Vital statistics of India. Vol. IV, Annual returns from 1871 to 1876. British Army of India, Native Army and jails of Bengal
Year: 1871
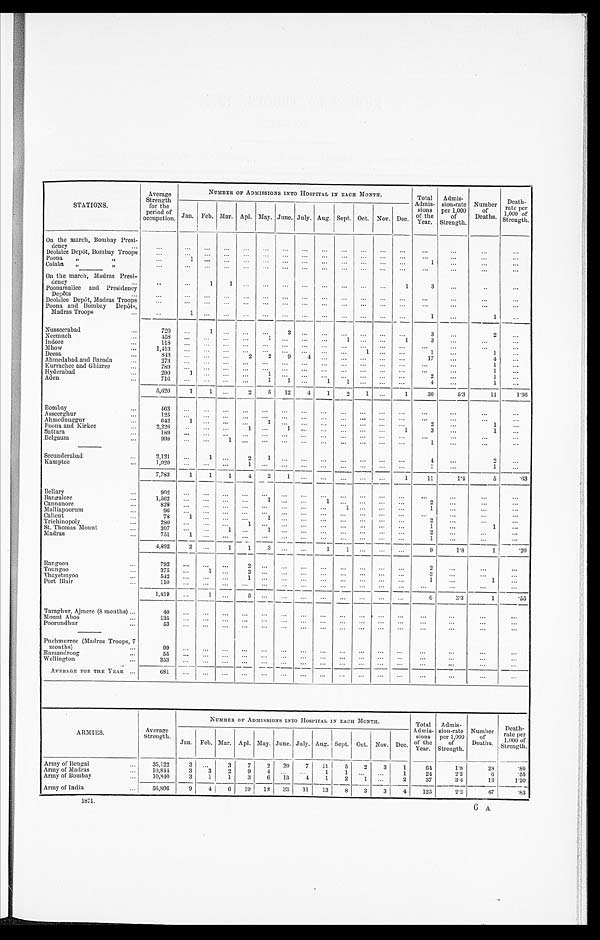
STATIONS.
Average
Strength
for the
period of
occupation.
NUMBER OF ADMISSIONS INTO HOSPITAL IN EACH MONTH.
Total
Admis-
sions
of the
Year.
Admis-
sion-rate
per 1,000
of
Strength.
Number
of
Deaths.
Death-
rate per
1,000 of
Strength.
Jan. Feb. Mar. Apl. May. June. July. Aug. Sept. Oct. Nov. Dec.
On the march, Bombay Presi-
dency
. . .
...
. . .
. . .
. . .
. . .
. . .
. . .
. . .
. . .
. . .
...
...
. . .
. . .
. . .
. . .
D e o l a l e e D e p ô t , B o m b a y T r o o p s
. . . . . .
. . .
. . .
. . .
. . .
. . .
...
. . .
. . .
. . .
...
. . .
. . .
. . .
. . .
. . .
P o o n a
, ,
, ,
. . . 1
. . .
. . .
. . .
. . .
. . .
. . .
. . .
. . .
...
...
1
. . .
. . .
. . .
Colaba
,,
,,
. . . . . . ...
. . .
. . .
. . . ...
...
. . .
. . .
. . .
...
. . .
. . .
. . .
. . .
. . .
On the march, Madras Presi-
dency
. . .
. . .
...
1
1
. . .
. . . ...
...
. . .
. . .
. . .
...
1
3
. . .
. . .
. . .
Poonamallee and Presidency
Depôts
. . .
. . .
...
. . .
. . .
. . .
. . .
...
...
. . .
. . .
. . . ...
. . .
. . .
. . .
. . .
. . .
Deolalee Depôt, Madras Troops
. . . . . . ...
. . .
. . .
. . .
...
. . .
. . .
. . .
. . .
...
. . .
. . .
. . .
. . .
. . .
Poona and Bombay Depôts,
Madras Troops
. . .
. . .
1 ...
. . .
. . .
. . .
...
. . .
. . .
. . .
. . .
...
. . .
1
. . .
1
. . .
Nusseerabad
. . .
720
. . .1
. . .
. . .
. . . 2
...
. . .
. . .
. . .
...
. . .
3
. . .
2
. . .
Neemuch
...
458
. . ....
. . .
. . .
1 ...
...
. . .
1
. . .
...
1
3
. . .
. . .
. . .
Indore
...
1 1 8
. . ....
. . .
. . .
. . ....
...
. . .
. . .
. . . ...
. . .
. . .
. . .
. . .
. . .
Mhow
. . .
1,413
. . ....
. . .
. . .
. . ....
...
. . .
. . .
1 ...
. . .
1
. . .
1
. . .
Deesa
. . .
8 4 3
. . .
. . .
. . .
2
2
9
4
. . .
. . .
. . . ...
. . .
17
. . .
4
. . .
Ahmedabad and Baroda
. . .
273 ...
...
. . .
. . .
. . .
...
...
. . .
. . .
. . . ...
...
. . .
. . .
1
. . .
Kurrachee and Ghizree
. . .
789
. . .
. . .
. . .
. . .
. . . ...
. . .
. . .
. . .
. . .
...
. . .
. . .
. . .
1
. . .
Hyderabad
. . .
290
1 ...
. . .
. . .
1 ...
...
. . .
. . .
. . . ...
. . .
2
. . .
1
. . .
Aden
. . .
716
. . .
. . .
. . .
. . .
1 1
. . .
1
1
. . .
...
. . .
4
. . .
1
. . .
5,620
1
1
. . .
2
5
12
4
1
2
1
...
1
30
5.3
11
1.96
Bombay
4 6 3
. . .
. . .
. . .
. . .
. . .
...
. . .
. . .
. . .
. . .
...
. . .
. . .
. . .
. . .
. . .
Asseerghur
. . .
125
. . .
. . .
. . .
. . .
. . .
. . . ...
. . .
. . .
. . .
...
. . .
. . .
. . .
. . .
. . .
Ahmednuggur
. . .
642
1
. . .
. . .
. . .
1
... ...
. . .
. . .
. . . ...
...
2
. . .
1
. . .
Poona and Kirkee
. . .
2,226
. . . ...
. . .
1
. . .
1 ...
. . .
. . .
. . . ...
1
3
. . .
1
. . .
Sattara
...
189
. . . ...
. . .
. . .
. . .
...
. . .
. . .
. . .
. . . ...
. . .
. . .
. . .
. . .
. . .
Belgaum
. . .
998
. . .
. . .
1
. . .
. . .
...
. . .
. . .
. . .
. . .
...
. . .
1
. . .
. . .
. . .
Secunderabad
...
2,121
. . .
1
. . .
2
1
... ...
. . .
. . .
. . .
...
. . .
4
. . .
2
. . .
Kamptee
. . .
1,020
. . .
. . .
. . .
1
. . .
... ...
. . .
. . .
. . .
...
. . .
1
. . .
1
. . .
7,783
1
1
1
4
2
1 ...
. . .
. . .
. . .
...
1
11
1.4
5
.63
Bellary
. . .
9 0 2
. . .
. . .
. . .
. . .
. . ....
...
. . .
. . .
. . . ...
. . .
. . .
. . .
. . .
. . .
Bangalore
...
1,562
. . .
. . .
. . .
. . .
. . ....
...
1
. . .
. . . ...
. . .
2
. . .
. . .
. . .
C a n n a n o r e
. . .
828
. . . ...
. . .
. . .
. . .
. . . ...
. . .
1
. . . ...
. . .
1
. . .
. . .
. . .
Malliapoorum
. . .
9 6
...
...
. . .
. . .
. . .
... ...
. . .
. . .
. . . ...
...
. . .
. . .
. . .
. . .
Calicut
. . .
78
1 ...
. . .
. . .
1
... ...
. . .
. . .
...
...
2
. . .
. . .
. . .
Trichinopoly
. .
280
. . ....
. . .
1
. . .
. . . ...
. . .
. . .
. . .
...
. . .
1
. . .
1
. . .
Thomas Mount
. . .
397
. . .
. . .
1
. . .
1
... ...
. . .
. . .
. . .
...
. . .
2
. . .
. . .
. . .
M a d r a s
. . .
751
1
. . .
. . .
. . .
. . .
...
. . .
. . .
. . .
. . .
...
. . .
1
. . .
. . .
. . .
4,892
2 ...
1
1
3
. . .
. . .
1
1
. . . ...
. . .
9
1.8
1
.20
Rangoon
. . .
792
. . ....
. . .
2
. . .
. . .
. . .
. . .
. . .
. . .
...
...
2
. . .
. . .
. . .
T o u n g o o
. . .
375
. . .
1
. . .
2
. . .
... ...
. . .
. . .
. . .
...
. . .
3
. . .
. . .
. . .
Thayetmyoo
...
542
. . .
. . .
. . .
1
. . .
... ...
. . .
. . .
. . . ...
...
1
. . .
1
. . .
Port Blair
. .
110
. . .
...
. . .
. . .
. . .
...
. . .
. . .
. . .
. . . ...
. . .
. . .
. . .
. . .
. . .
1,819
. . .
1
. . .
5
. . .
. . .
...
. . .
. . . . . .
...
. . .
6 3.3
1
.55
Taraghur, Ajmere (8 months)
. . .
40
. . .
. . .
. . .
. . .
. . .
. . .
. . .
. . .
. . .
. . .
...
. . .
. . .
. . .
. . .
. . .
Mount Aboo
. . .
1 3 5...
. . .
. . .
. . .
. . .
... ...
. . .
. . .
. . .
...
. . .
. . .
. . .
. . .
. . .
Poorundhur
. . .
53
. . .
. . .
. . .
. . .
. . .
...
. . .
. . .
. . .
. . .
...
. . .
. . .
. . .
. . .
. . .
Puchmurree (Madras Troops, 7
months)
. . .
99
. . .
. . .
. . .
. . .
. . .
. . .
...
. . .
. . .
. . .
...
. . .
. . .
. . .
. . .
. . .
Ramandroog
. . .
5 5
...
. . .
. . .
. . .
. . .
... ...
. . .
. . .
. . . ...
. . .
. . .
. . .
. . .
. . .
Wellington
. . .
3 5 3...
. . .
. . .
. . .
. . .
. . .
. . .
. . .
. . .
. . . ...
. . .
. . .
. . .
. . .
. . .
AVERAGE FOR THE YEAR
. . .
681
. . .
. . .
. . .
. . .
. . .
...
. . .
. . .
. . .
. . .
...
. . .
. . .
. . .
. . .
. . .
ARMI ES .
Average
Strength.
NUMBER OF ADMISSIONS INTO HOSPITAL IN EACH MONTH.
Total
Admis-
sions
of the
Year.
Admis-
sion-rate
per 1,000
of
Strength.
Number
of
Deaths.
Death-
rate per
1,000 of
Strength.
Jan. Feb. Mar. Apl. May. June. July. Aug. Sept. Oct. Nov. Dec.
Army of Bengal
. . .
35,122
3 ...
3
7
2
20
7
11
5
2
3
1
64
1.8
28
.80
Army of Madras
. . .
10,844
3
3
2
9
4
...
. . .
1
1
. . .
. . .
1
24
2.2
6
.55
Army of Bombay
. . .
10,840
3
1
1
3
6
13
4
1
2
1
...
2
37
3.4
13
1.20
Army of India
56,806
9
4
6
19
12
33
11
13
8
3
3
4
125
2.2
47
.83
1871.
6 A